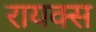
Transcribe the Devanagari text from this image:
रायक्स